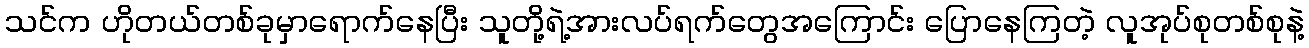
သင်က ဟိုတယ်တစ်ခုမှာရောက်နေပြီး သူတို့ရဲ့အားလပ်ရက်တွေအကြောင်း ပြောနေကြတဲ့ လူအုပ်စုတစ်စုနဲ့